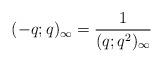
LaTeX: \begin{align*} (-q;q)_\infty = \frac{1}{(q;q^2)_\infty} \end{align*}